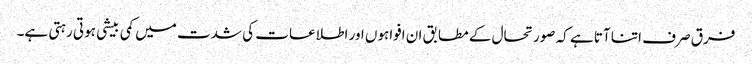
فرق صرف اتنا آتا ہے کہ صورتحال کے مطابق ان افواہوں اور اطلاعات کی شدت میں کمی بیشی ہوتی رہتی ہے۔